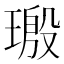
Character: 𬎀